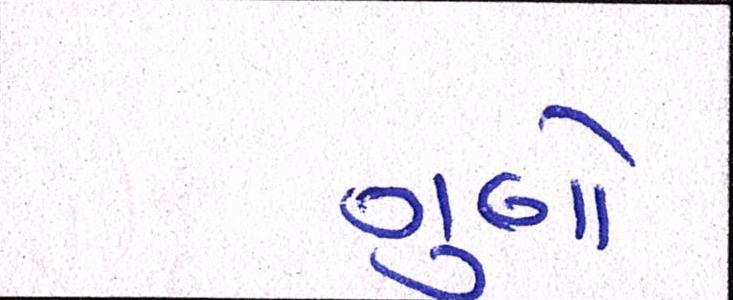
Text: ગુણો